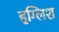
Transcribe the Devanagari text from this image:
इग्लिश